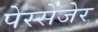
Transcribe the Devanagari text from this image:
पेस्सेंजेर